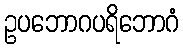
ဥပဘောဂပရိဘောဂံ